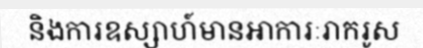
និងការឧស្សាហ៍មានអាការៈរាករូស